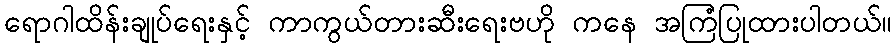
ရောဂါထိန်းချုပ်ရေးနှင့် ကာကွယ်တားဆီးရေးဗဟို ကနေ အကြံပြုထားပါတယ်။